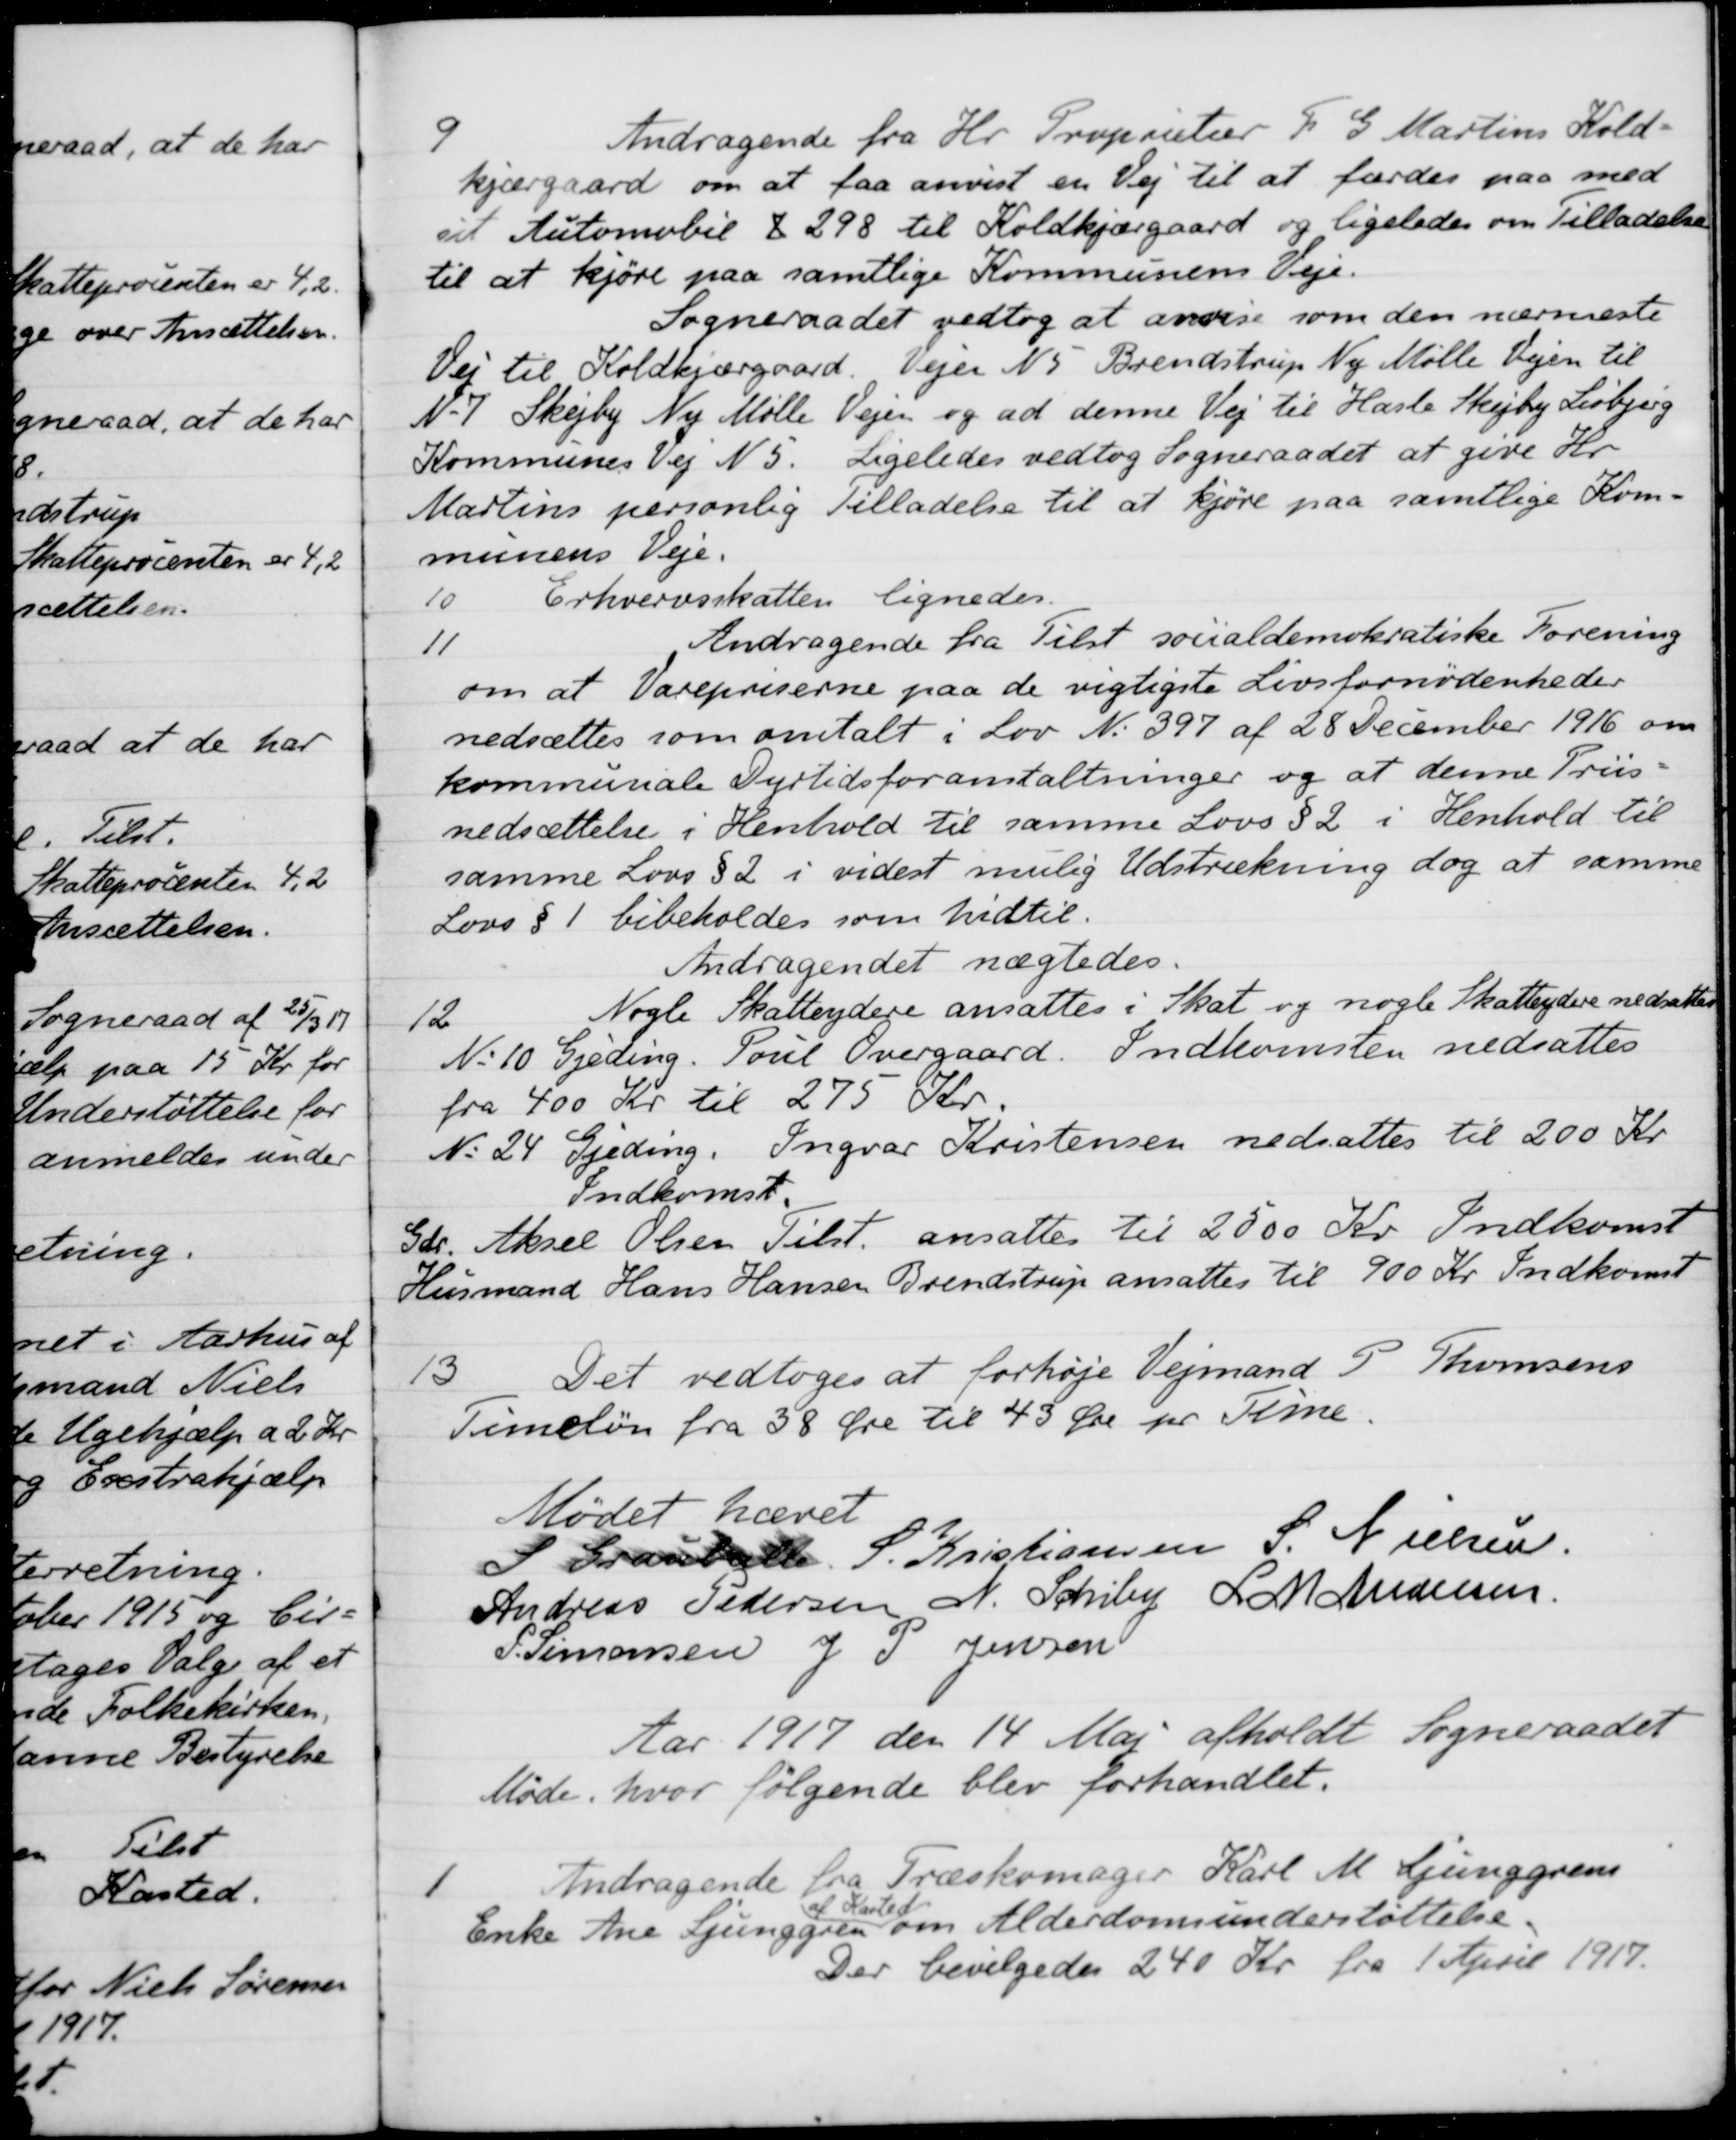
Transskription:
9
Andragende fra Hr. Proprietær F G Martins Kold-
kjærgaard om at faa anvist en Vej til at færdes paa med
sil Automobil X 298 til Koldkjærgaard og ligeledes om Tilladelse
til at kjøre paa samtlige Kommunens Veje.
Sogneraadet vedtog at anvise som den nærmeste
Vej til Koldkjærgaard. Vejen N 5 Brendstrup Ny Mølle Vejen til
N.-7 Skejby Ny Mølle Vejen og ad denne Vej til Hasle Skejby Lisbjerg
Kommunes Vej N 5. Ligeledes vedtog Sogneraadet at give Hr
Martins personlig Tilladelse til at kjøre paa samtlige Kom
munens Veje.
10
Erhvervsskatten lignedes.
11
Andragende fra Tilst socialdemokratiske Forening
om at Varepriserne paa de vigtigste Livsfornødenheder
nedsættes som omtalt i Lov N. 397 af 28 December 1916 om
kommunale Dyrtidsforanstaltninger og at denne Priis -
nedsættelse i Henhold til samme Lovs § 2 i Henhold til
samme Lovs § 2 i videst mulig Udstrækning dog at samme
Lovs § 1 bibeholdes som hidtil.
Andragendet nægtedes.
12
Nogle Skatteydere ansattes i Skat og nogle Skatteydere nedsattes
No 10 Gjeding. Poul Overgaard. Indkomsten nedsattes
fra 400 Kr til 275 Kr.
No 24 Gjeding. Ingvar Kristensen nedsattes til 200 Kr
Indkomst.
Gdr. Aksel Olsen Tilst. ansattes til 2500 Kr. Indkomst
Husmand Hans Hansen Brendstrup ansattes til 900 Kr. Indkomst
13
Det vedtoges at forhøje Vejmand P. Thomsens
Timeløn fra 38 Øre til 43 Øre pr Time.
Mødet hævet
S Grauballe
S. Kristiansen
S. Nielsen
Andreas Pedersen
N. Schiby
L M Andersen
P. Simonsen
J P. Jensen
Aar 1917 den 14 Maj afholdt Sogneraadet
Møde, hvor følgende blev forhandlet.
1
Andragende fra Træskomager Karl M. Ljunggrens
Enke Ane Ljunggren
af Kasted
om Alderdomsunderstøttelse.
Der bevilgedes 240 Kr. fra 1 April 1917.